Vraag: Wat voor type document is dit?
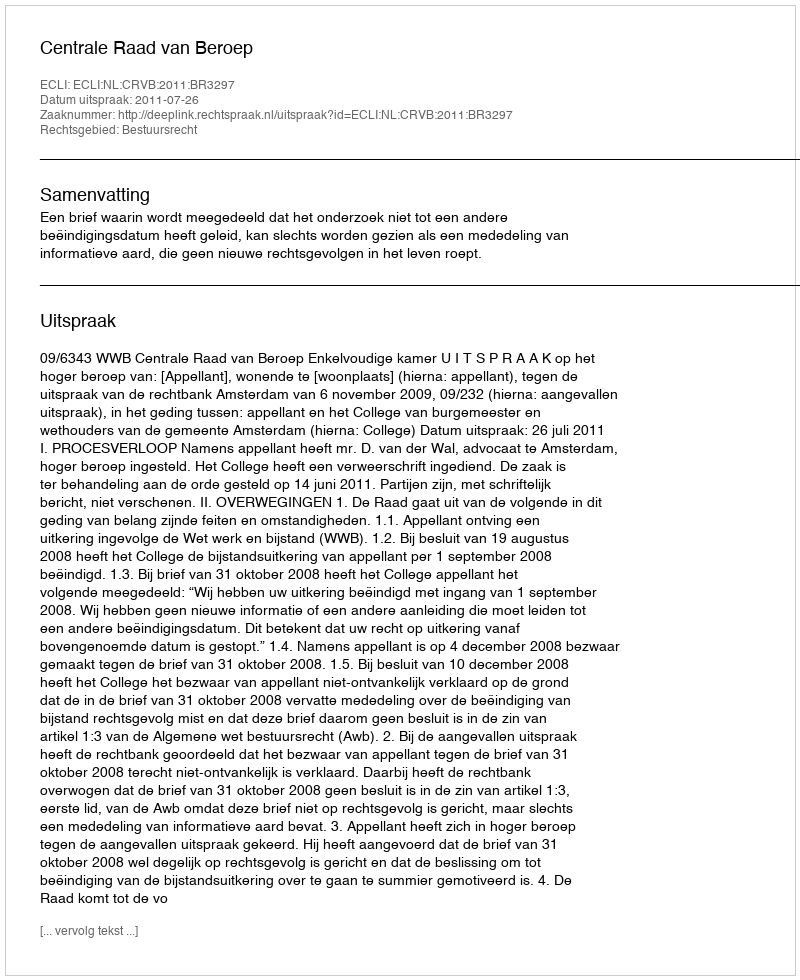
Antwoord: Uitspraak